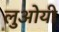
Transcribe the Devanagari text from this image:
लुओयी